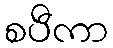
စပီကာ